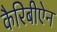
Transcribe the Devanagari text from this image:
कैरिबीऐन